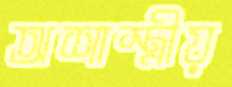
অশাস্ত্রীয়